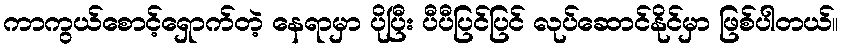
ကာကွယ်စောင့်ရှောက်တဲ့ နေရာမှာ ပိုပြီး ပီပီပြင်ပြင် လုပ်ဆောင်နိုင်မှာ ဖြစ်ပါတယ်။